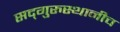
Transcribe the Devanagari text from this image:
सद्‌गुरुस्थानीच